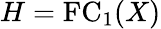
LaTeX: H=\mathrm{FC}_{1}(X)